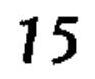
15